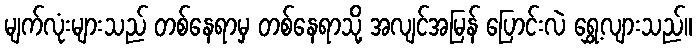
မျက်လုံးများသည် တစ်နေရာမှ တစ်နေရာသို့ အလျင်အမြန် ပြောင်းလဲ ရွှေ့လျားသည်။